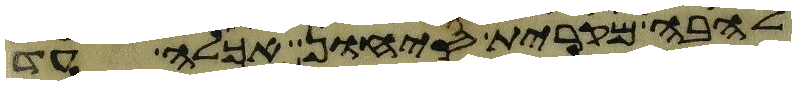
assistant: להבה מקרית סיחון אכלה עד